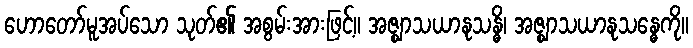
ဟောတော်မူအပ်သော သုတ်၏ အစွမ်းအားဖြင့်။ အဇ္ဈာသယာနုသန္ဓိ၊ အဇ္ဈာသယာနုသန္ဓေကို။